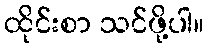
ထိုင်းစာ သင်ဖို့ပါ။